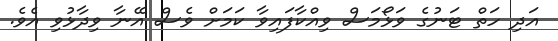
އަދި ހަތް ޓަނުގެ ވަޅޯމަސް ވިއްކާފައިވާ ކަމަށް ވެސް އޭނާ ވިދާޅުވި އެވެ.